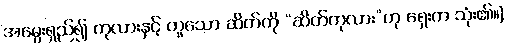
အမွေးရှည်၍ ကုလားနှင့် တူသော ဆိတ်ကို “ဆိတ်ကုလား”ဟု ရှေးက သုံး၏။]